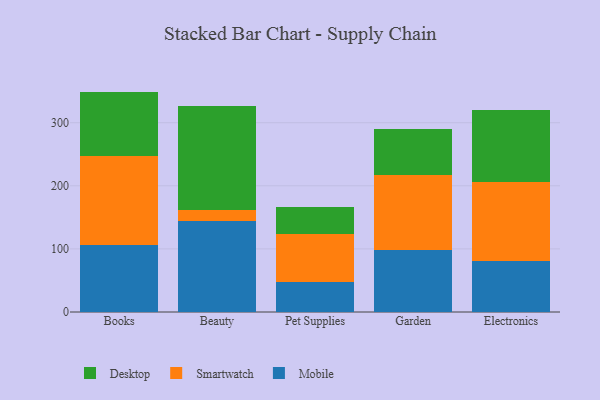
{"axis": {"x": "Category", "y": "Revenue (USD Million)"}, "legend": ["Desktop", "Mobile", "Smartwatch"], "data": [{"x": "Books", "y": 106.9, "type": "Mobile"}, {"x": "Books", "y": 140.2, "type": "Smartwatch"}, {"x": "Books", "y": 102.2, "type": "Desktop"}, {"x": "Beauty", "y": 144.7, "type": "Mobile"}, {"x": "Beauty", "y": 17.3, "type": "Smartwatch"}, {"x": "Beauty", "y": 164.7, "type": "Desktop"}, {"x": "Pet Supplies", "y": 46.9, "type": "Mobile"}, {"x": "Pet Supplies", "y": 77.3, "type": "Smartwatch"}, {"x": "Pet Supplies", "y": 42.5, "type": "Desktop"}, {"x": "Garden", "y": 98.7, "type": "Mobile"}, {"x": "Garden", "y": 118.7, "type": "Smartwatch"}, {"x": "Garden", "y": 73.3, "type": "Desktop"}, {"x": "Electronics", "y": 81.3, "type": "Mobile"}, {"x": "Electronics", "y": 124.6, "type": "Smartwatch"}, {"x": "Electronics", "y": 114.9, "type": "Desktop"}]}